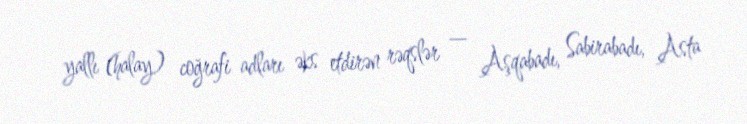
yallı (halay) coğrafi adları əks etdirən rəqslər — Aşqabadı, Sabirabadı, Asta